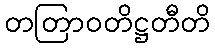
တတြာဝတိဋ္ဌတီတိ